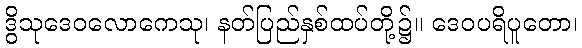
ဒွိသုဒေဝလောကေသု၊ နတ်ပြည်နှစ်ထပ်တို့၌။ ဒေဝပရိပူတော၊